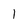
Character: 1